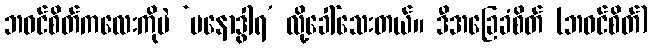
ဘဝင်စိတ်ကလေးကိုပဲ ‘မနောဒွါရ’ လို့ခေါ်သေးတယ်။ ဒီအခြေခံစိတ် (ဘဝင်စိတ်)